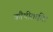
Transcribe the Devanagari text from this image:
कौषीतकी।